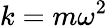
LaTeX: k=m\omega^{2}